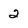
Character: 2